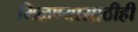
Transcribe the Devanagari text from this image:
मिळण्यासाठीही